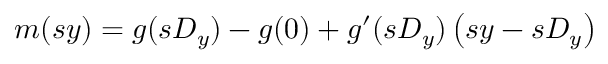
m ( s y ) = g ( s D _ { y } ) - g ( 0 ) + g ^ { \prime } ( s D _ { y } ) \left( s y - s D _ { y } \right)